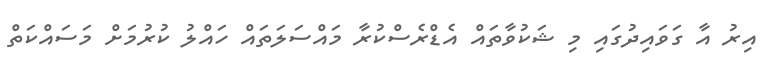
އިރު އާ ގަވައިދުގައި މި ޝަކުވާތައް އެޑްރެސްކުރާ މައްސަލަތައް ހައްލު ކުރުމަށް މަސައްކަތް